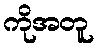
ကိုအတူ